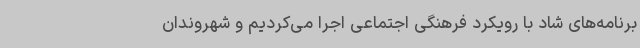
برنامه‌های شاد با رویکرد فرهنگی اجتماعی اجرا می‌کردیم و شهروندان